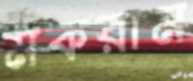
মকরাম